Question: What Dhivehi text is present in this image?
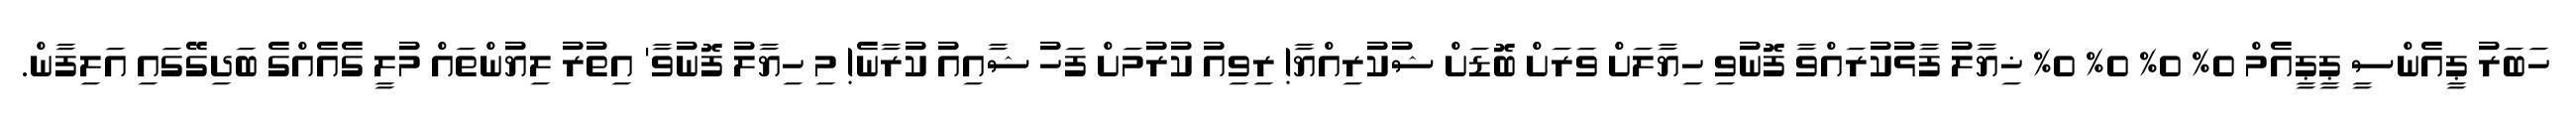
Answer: ހަބަރު ޕީއެންސީ ޕީޕީއެމް 0% 0% 0% 0% ޚިޔާލު ފާޅުކުރައްވާ ފޮނުވި ހިޔާލަށް ވަރަށް ބޮޑަށް ޝުކުރިއްޔާ! ރިވިއު ކުރުމަށް ފަހު ޝާއިއު ކުރާނެ! މި ހިޔާލު ފޮނުވާ' އިތުރު ލިޔުންތައް މުލީ ގެއެއްގެ ބަދިގޭގައި އަލިފާން.